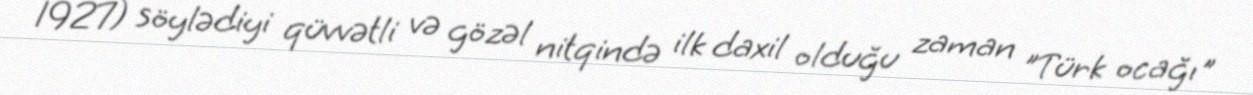
1927) söylədiyi qüvvətli və gözəl nitqində ilk daxil olduğu zaman "Türk ocağı"